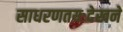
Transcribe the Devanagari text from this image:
साधरणतयःदेखने